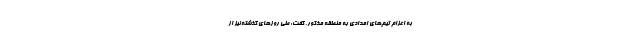
به اعزام تیم‌های امدادی به منطقه مذکور، گفت: طی روزهای گذشته نیز از